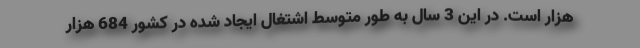
هزار است. در این 3 سال به طور متوسط اشتغال ایجاد شده در کشور 684 هزار